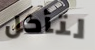
لتأكل